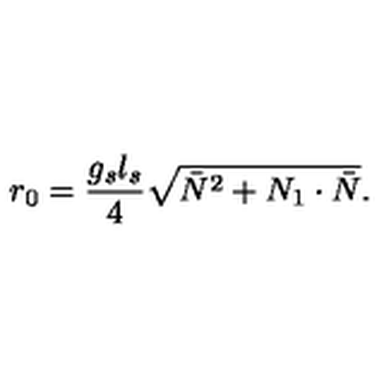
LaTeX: r _ { 0 } = \frac { g _ { s } l _ { s } } { 4 } \sqrt { \bar { N } ^ { 2 } + N _ { 1 } \cdot \bar { N } } .